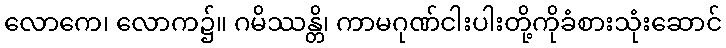
လောကေ၊ လောက၌။ ဂမိဿန္တိ၊ ကာမဂုဏ်ငါးပါးတို့ကိုခံစားသုံးဆောင်